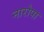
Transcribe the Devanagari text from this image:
नारोपा